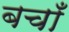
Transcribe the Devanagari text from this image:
बचाँ